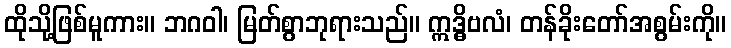
ထိုသို့ဖြစ်မူကား။ ဘဂဝါ၊ မြတ်စွာဘုရားသည်။ ဣဒ္ဓိဗလံ၊ တန်ခိုးတော်အစွမ်းကို။